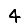
Digit: 4